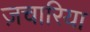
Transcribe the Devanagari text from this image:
ज़चारिया